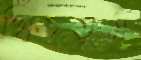
খিঁচতুম